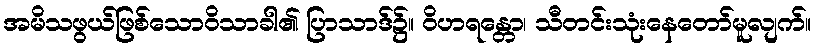
အမိသဖွယ်ဖြစ်သောဝိသာခါ၏ ပြာသာဒ်၌။ ဝိဟရန္တော၊ သီတင်းသုံးနေတော်မူလျက်။